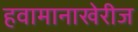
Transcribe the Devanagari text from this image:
हवामानाखेरीज